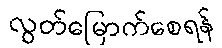
လွတ်မြောက်စေရန်